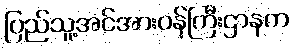
ပြည်သူ့အင်အားဝန်ကြီးဌာနက